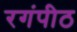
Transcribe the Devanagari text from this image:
रगंपीठ